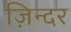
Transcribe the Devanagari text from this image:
ज़िन्दर